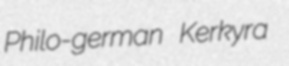
Philo-german Kerkyra